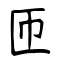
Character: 匝